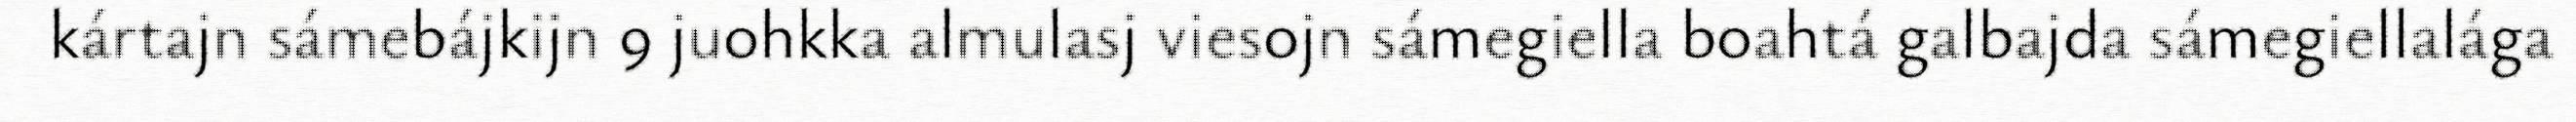
kártajn sámebájkijn 9 juohkka almulasj viesojn sámegiella boahtá galbajda sámegiellalága